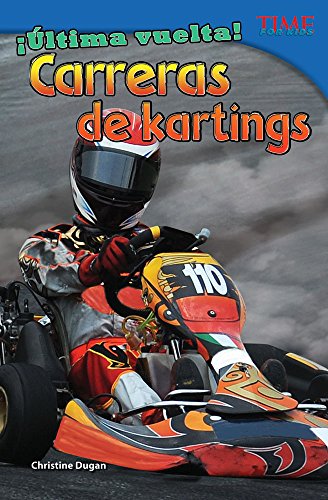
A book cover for Â¡ÃEltima vuelta! Carreras de kartings (Final Lap! Go-Kart Racing) (Ultima Vuelta! / Final Lap!: Time for Kids Nonfiction Readers) (Spanish Edition); Christine Dugan; Children's Books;